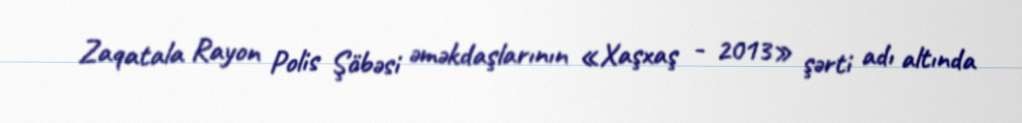
Zaqatala Rayon Polis Şöbəsi əməkdaşlarının «Xaşxaş - 2013» şərti adı altında